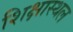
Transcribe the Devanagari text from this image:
शिक्षास्थल